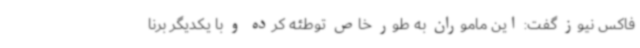
فاکس نیوز گفت: این ماموران به طور خاص توطئه کرده و با یکدیگر برنا